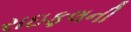
રાઇફલની